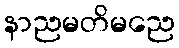
နာညမတိမညေ